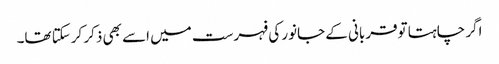
اگر چاہتا توقربانی کے جانور کی فہرست میں اسے بھی ذکر کرسکتا تھا۔